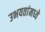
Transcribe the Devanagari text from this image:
उभयतांमध्ये